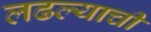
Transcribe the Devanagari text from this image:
लढल्याची